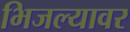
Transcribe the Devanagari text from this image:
भिजल्यावर